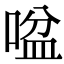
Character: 㖹